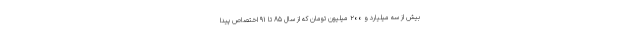
بیش از سه میلیارد و ۲۰۰ میلیون تومان که از سال ۸۵ تا ۹۱ اختصاص پیدا